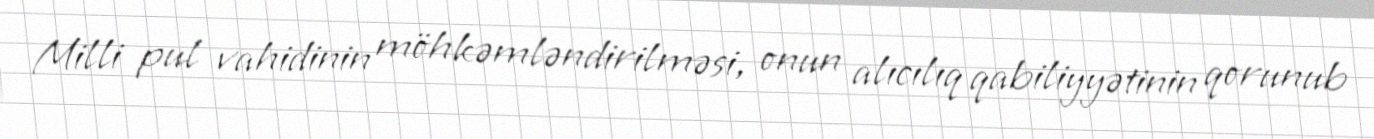
Milli pul vahidinin möhkəmləndirilməsi, onun alıcılıq qabiliyyətinin qorunub